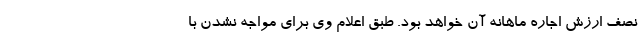
نصف ارزش اجاره ماهانه آن خواهد بود. طبق اعلام وی برای مواجه نشدن با